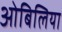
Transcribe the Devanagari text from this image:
ओबिलिया